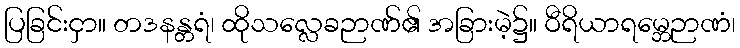
ပြခြင်းငှာ။ တဒနန္တရံ၊ ထိုသလ္လေခဉာဏ်၏ အခြားမဲ့၌။ ဝီရိယာရမ္ဘေဉာဏံ၊